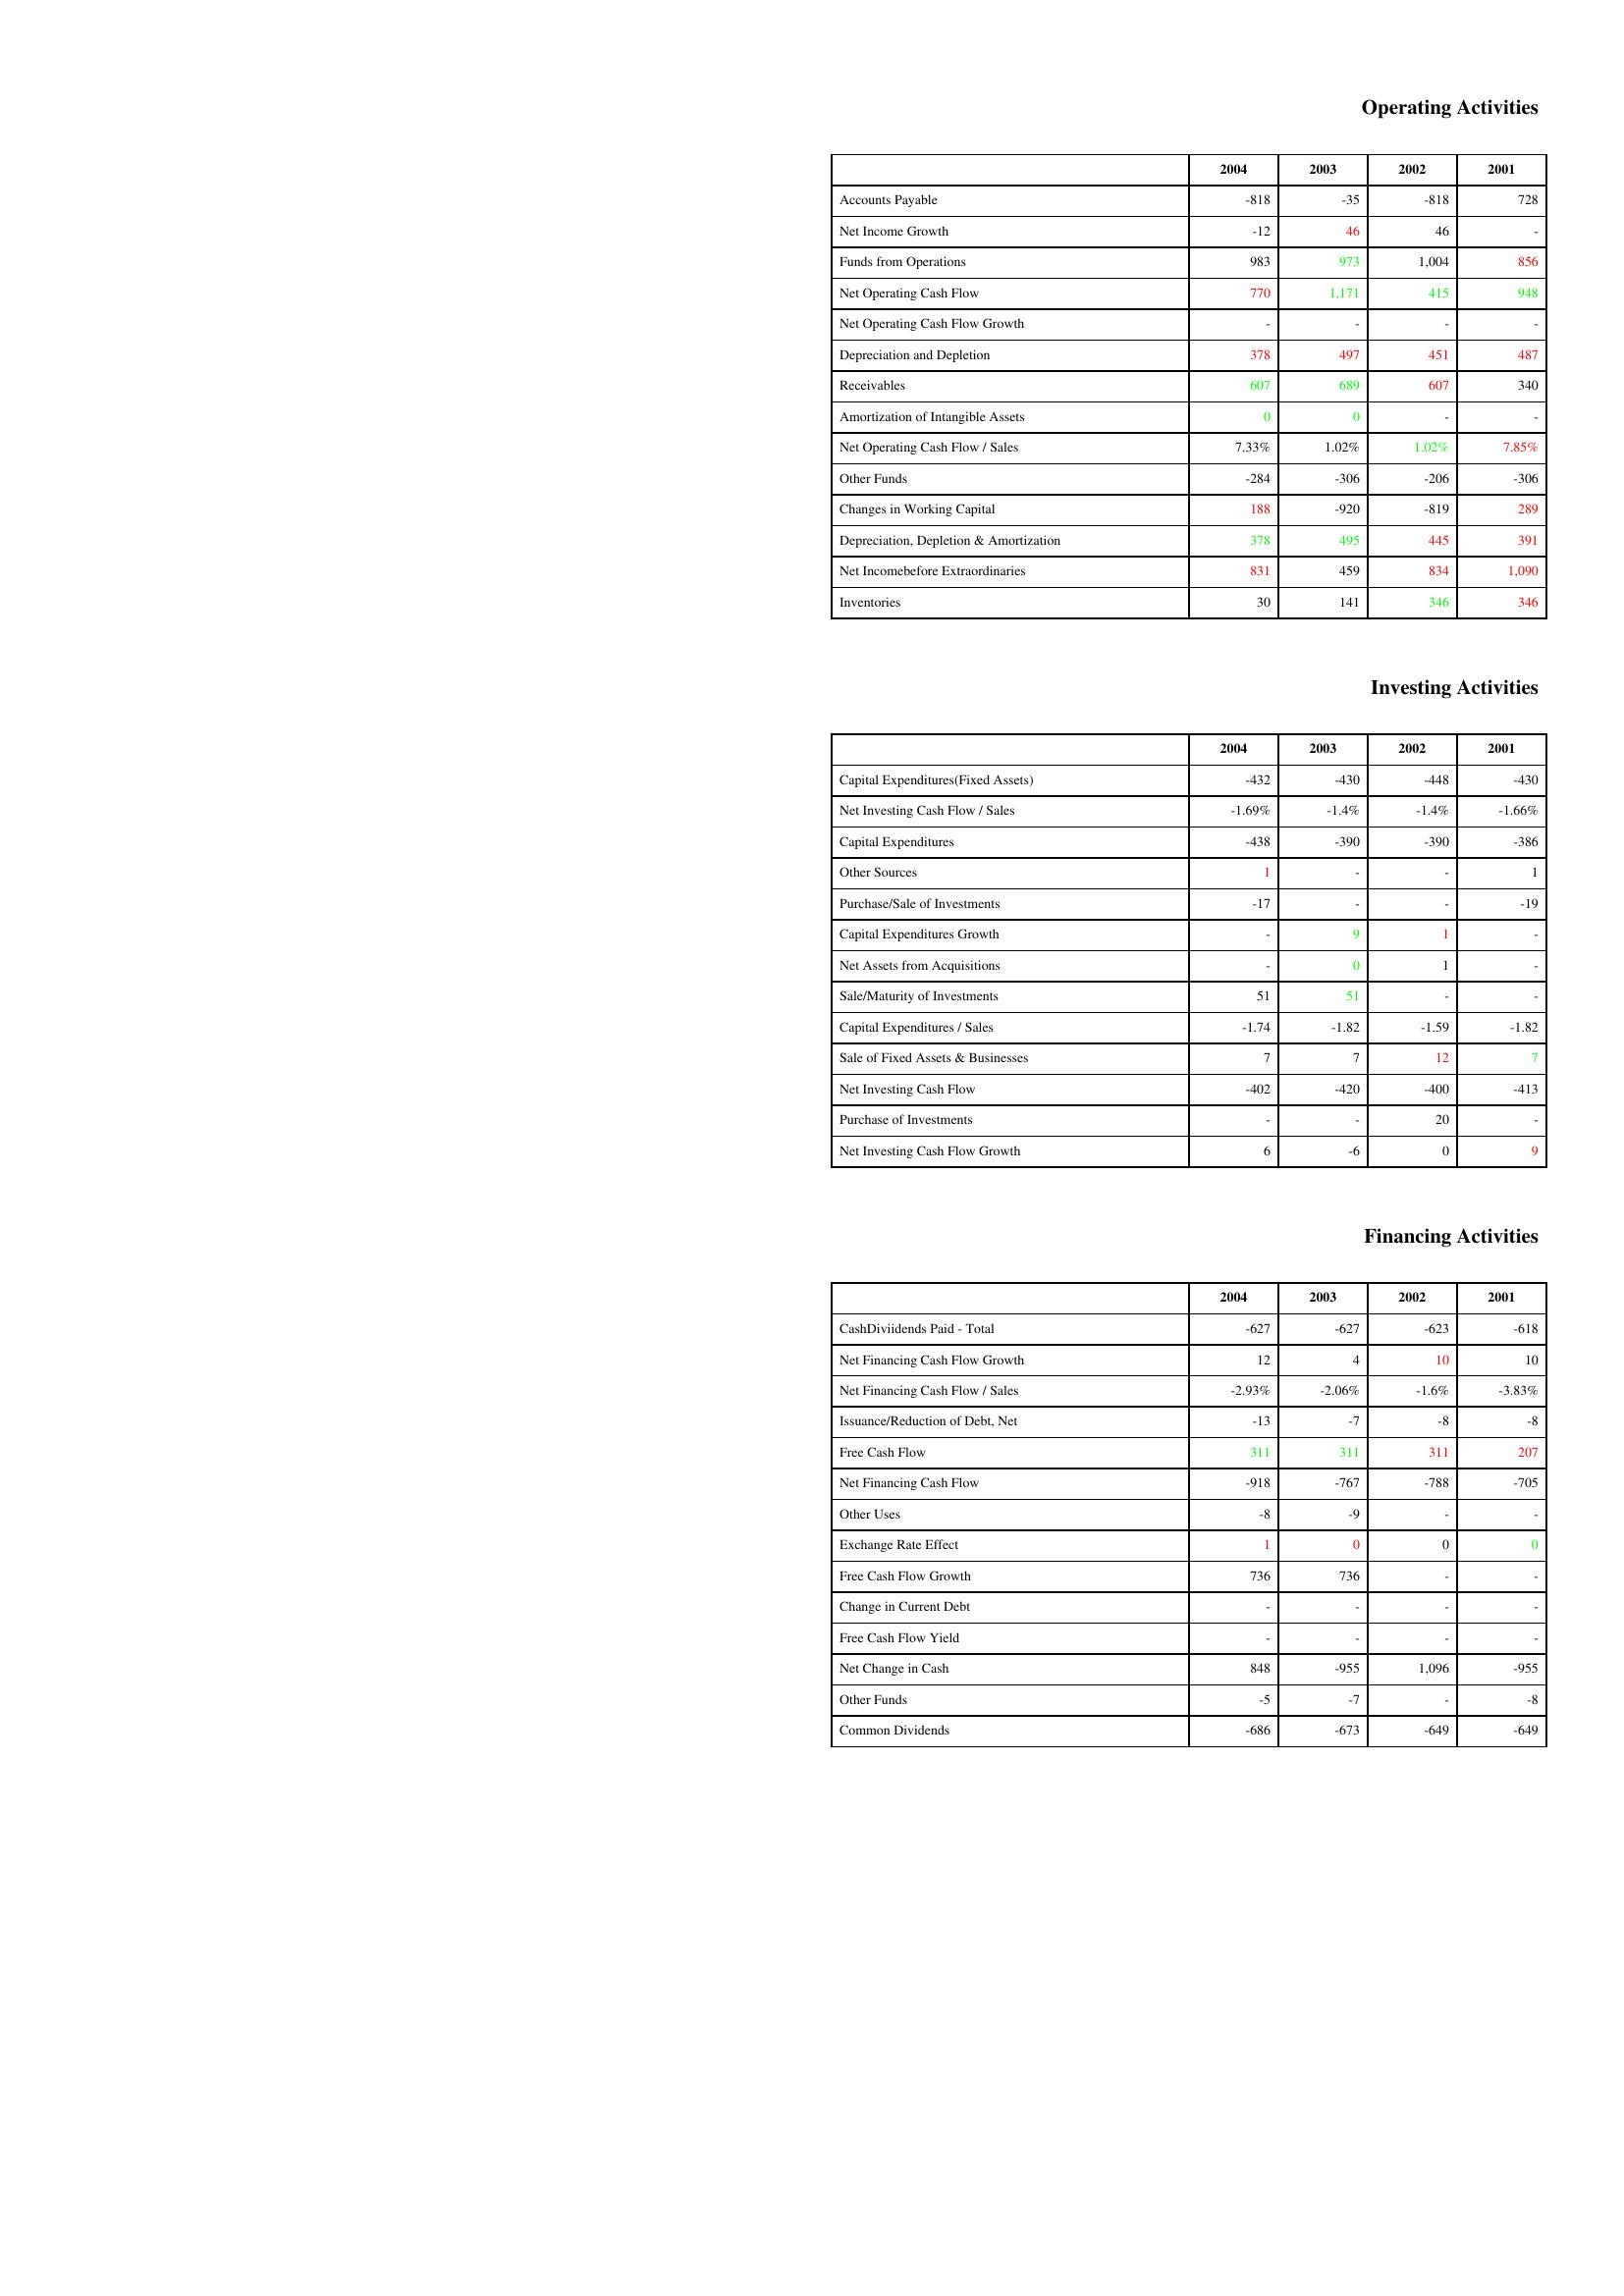
gt_parse: 2004: Operating Activities: Accounts Payable: -818
Net Income Growth: -12
Funds from Operations: 983
Net Operating Cash Flow: 770
Net Operating Cash Flow Growth: -
Depreciation and Depletion: 378
Receivables: 607
Amortization of Intangible Assets: 0
Net Operating Cash Flow / Sales: 7.33%
Other Funds: -284
Changes in Working Capital: 188
Depreciation, Depletion & Amortization: 378
Net Incomebefore Extraordinaries: 831
Inventories: 30
Investing Activities: Capital Expenditures(Fixed Assets): -432
Net Investing Cash Flow / Sales: -1.69%
Capital Expenditures: -438
Other Sources: 1
Purchase/Sale of Investments: -17
Capital Expenditures Growth: -
Net Assets from Acquisitions: -
Sale/Maturity of Investments: 51
Capital Expenditures / Sales: -1.74
Sale of Fixed Assets & Businesses: 7
Net Investing Cash Flow: -402
Purchase of Investments: -
Net Investing Cash Flow Growth: 6
Financing Activities: CashDiviidends Paid - Total: -627
Net Financing Cash Flow Growth: 12
Net Financing Cash Flow / Sales: -2.93%
Issuance/Reduction of Debt, Net: -13
Free Cash Flow: 311
Net Financing Cash Flow: -918
Other Uses: -8
Exchange Rate Effect: 1
Free Cash Flow Growth: 736
Change in Current Debt: -
Free Cash Flow Yield: -
Net Change in Cash: 848
Other Funds: -5
Common Dividends: -686
2003: Operating Activities: Accounts Payable: -35
Net Income Growth: 46
Funds from Operations: 973
Net Operating Cash Flow: 1,171
Net Operating Cash Flow Growth: -
Depreciation and Depletion: 497
Receivables: 689
Amortization of Intangible Assets: 0
Net Operating Cash Flow / Sales: 1.02%
Other Funds: -306
Changes in Working Capital: -920
Depreciation, Depletion & Amortization: 495
Net Incomebefore Extraordinaries: 459
Inventories: 141
Investing Activities: Capital Expenditures(Fixed Assets): -430
Net Investing Cash Flow / Sales: -1.4%
Capital Expenditures: -390
Other Sources: -
Purchase/Sale of Investments: -
Capital Expenditures Growth: 9
Net Assets from Acquisitions: 0
Sale/Maturity of Investments: 51
Capital Expenditures / Sales: -1.82
Sale of Fixed Assets & Businesses: 7
Net Investing Cash Flow: -420
Purchase of Investments: -
Net Investing Cash Flow Growth: -6
Financing Activities: CashDiviidends Paid - Total: -627
Net Financing Cash Flow Growth: 4
Net Financing Cash Flow / Sales: -2.06%
Issuance/Reduction of Debt, Net: -7
Free Cash Flow: 311
Net Financing Cash Flow: -767
Other Uses: -9
Exchange Rate Effect: 0
Free Cash Flow Growth: 736
Change in Current Debt: -
Free Cash Flow Yield: -
Net Change in Cash: -955
Other Funds: -7
Common Dividends: -673
2002: Operating Activities: Accounts Payable: -818
Net Income Growth: 46
Funds from Operations: 1,004
Net Operating Cash Flow: 415
Net Operating Cash Flow Growth: -
Depreciation and Depletion: 451
Receivables: 607
Amortization of Intangible Assets: -
Net Operating Cash Flow / Sales: 1.02%
Other Funds: -206
Changes in Working Capital: -819
Depreciation, Depletion & Amortization: 445
Net Incomebefore Extraordinaries: 834
Inventories: 346
Investing Activities: Capital Expenditures(Fixed Assets): -448
Net Investing Cash Flow / Sales: -1.4%
Capital Expenditures: -390
Other Sources: -
Purchase/Sale of Investments: -
Capital Expenditures Growth: 1
Net Assets from Acquisitions: 1
Sale/Maturity of Investments: -
Capital Expenditures / Sales: -1.59
Sale of Fixed Assets & Businesses: 12
Net Investing Cash Flow: -400
Purchase of Investments: 20
Net Investing Cash Flow Growth: 0
Financing Activities: CashDiviidends Paid - Total: -623
Net Financing Cash Flow Growth: 10
Net Financing Cash Flow / Sales: -1.6%
Issuance/Reduction of Debt, Net: -8
Free Cash Flow: 311
Net Financing Cash Flow: -788
Other Uses: -
Exchange Rate Effect: 0
Free Cash Flow Growth: -
Change in Current Debt: -
Free Cash Flow Yield: -
Net Change in Cash: 1,096
Other Funds: -
Common Dividends: -649
2001: Operating Activities: Accounts Payable: 728
Net Income Growth: -
Funds from Operations: 856
Net Operating Cash Flow: 948
Net Operating Cash Flow Growth: -
Depreciation and Depletion: 487
Receivables: 340
Amortization of Intangible Assets: -
Net Operating Cash Flow / Sales: 7.85%
Other Funds: -306
Changes in Working Capital: 289
Depreciation, Depletion & Amortization: 391
Net Incomebefore Extraordinaries: 1,090
Inventories: 346
Investing Activities: Capital Expenditures(Fixed Assets): -430
Net Investing Cash Flow / Sales: -1.66%
Capital Expenditures: -386
Other Sources: 1
Purchase/Sale of Investments: -19
Capital Expenditures Growth: -
Net Assets from Acquisitions: -
Sale/Maturity of Investments: -
Capital Expenditures / Sales: -1.82
Sale of Fixed Assets & Businesses: 7
Net Investing Cash Flow: -413
Purchase of Investments: -
Net Investing Cash Flow Growth: 9
Financing Activities: CashDiviidends Paid - Total: -618
Net Financing Cash Flow Growth: 10
Net Financing Cash Flow / Sales: -3.83%
Issuance/Reduction of Debt, Net: -8
Free Cash Flow: 207
Net Financing Cash Flow: -705
Other Uses: -
Exchange Rate Effect: 0
Free Cash Flow Growth: -
Change in Current Debt: -
Free Cash Flow Yield: -
Net Change in Cash: -955
Other Funds: -8
Common Dividends: -649